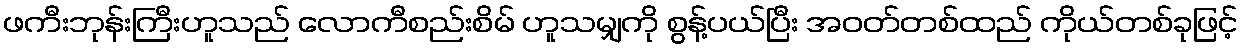
ဖကီးဘုန်းကြီးဟူသည် လောကီစည်းစိမ် ဟူသမျှကို စွန့်ပယ်ပြီး အဝတ်တစ်ထည် ကိုယ်တစ်ခုဖြင့်